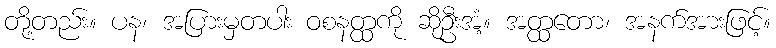
တို့တည်း။ ပန၊ အပြားမှတပါး ဝစနတ္ထကို ဆိုဦးအံ့။ အတ္ထတော၊ အနက်အားဖြင့်။